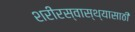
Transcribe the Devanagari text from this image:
शरीरस्वास्थ्यासाठी